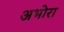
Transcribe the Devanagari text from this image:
अभोरा